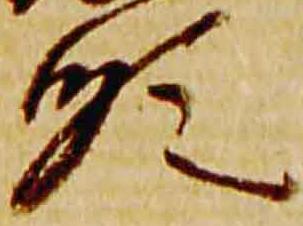
順